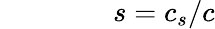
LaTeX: \qquad\qquad s=c_{s}/c